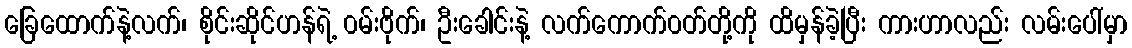
ခြေထောက်နဲ့လက်၊ စိုင်းဆိုင်ဟန်ရဲ့ ၀မ်းဗိုက်၊ ဦးခေါင်းနဲ့ လက်ကောက်၀တ်တို့ကို ထိမှန်ခဲ့ပြီး ကားဟာလည်း လမ်းပေါ်မှာ